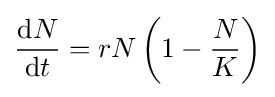
{\mathrm {d} N \over \mathrm {d} t}=rN\left(1-{N \over K}\right)